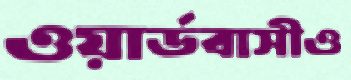
ওয়ার্ডবাসীও